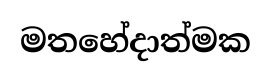
මතහේදාත්මක